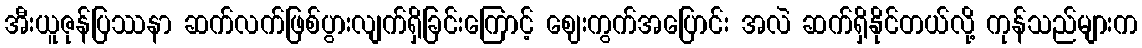
အီးယူဇုန်ပြဿနာ ဆက်လက်ဖြစ်ပွားလျက်ရှိခြင်းကြောင့် ဈေးကွက်အပြောင်း အလဲ ဆက်ရှိနိုင်တယ်လို့ ကုန်သည်များက